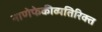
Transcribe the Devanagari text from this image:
नाणेफेकीव्यतिरिक्त